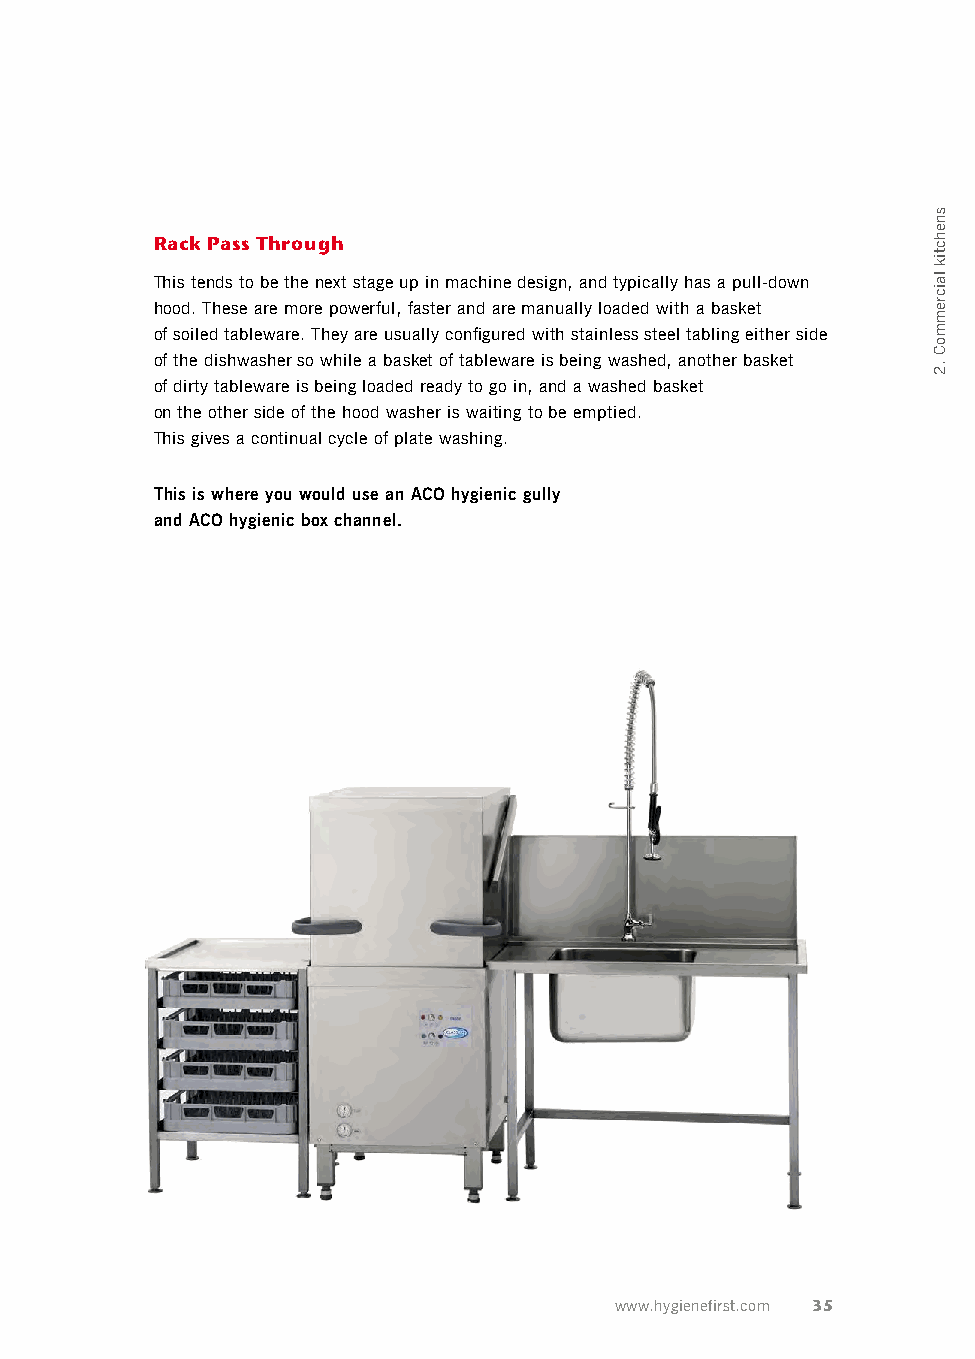
Rack Pass Through
 This tends to be the next stage up in machine design, and typically has a pull-down
 hood. These are more powerful, faster and are manually loaded with a basket
 of soiled tableware. They are usually configured with stainless steel tabling either side
 of the dishwasher so while a basket of tableware is being washed, another basket
 of dirty tableware is being loaded ready to go in, and a washed basket
 on the other side of the hood washer is waiting to be emptied.
 This gives a continual cycle of plate washing.
 This is where you would use an ACO hygienic gully
 and ACO hygienic box channel.
 www.hygienefirst.com 35
 snehctik
 laicremmoC
 .2